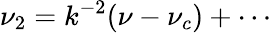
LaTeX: \nu_{2}=k^{-2}(\nu-\nu_{c})+\cdots